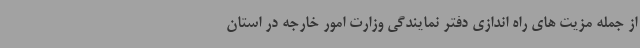
از جمله مزیت های راه اندازی دفتر نمایندگی وزارت امور خارجه در استان